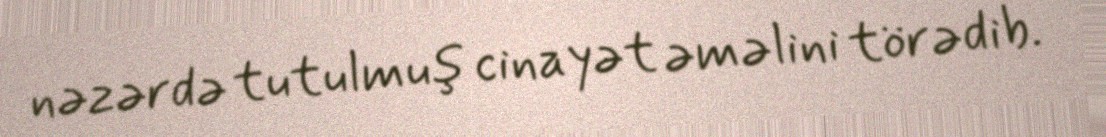
nəzərdə tutulmuş cinayət əməlini törədib.